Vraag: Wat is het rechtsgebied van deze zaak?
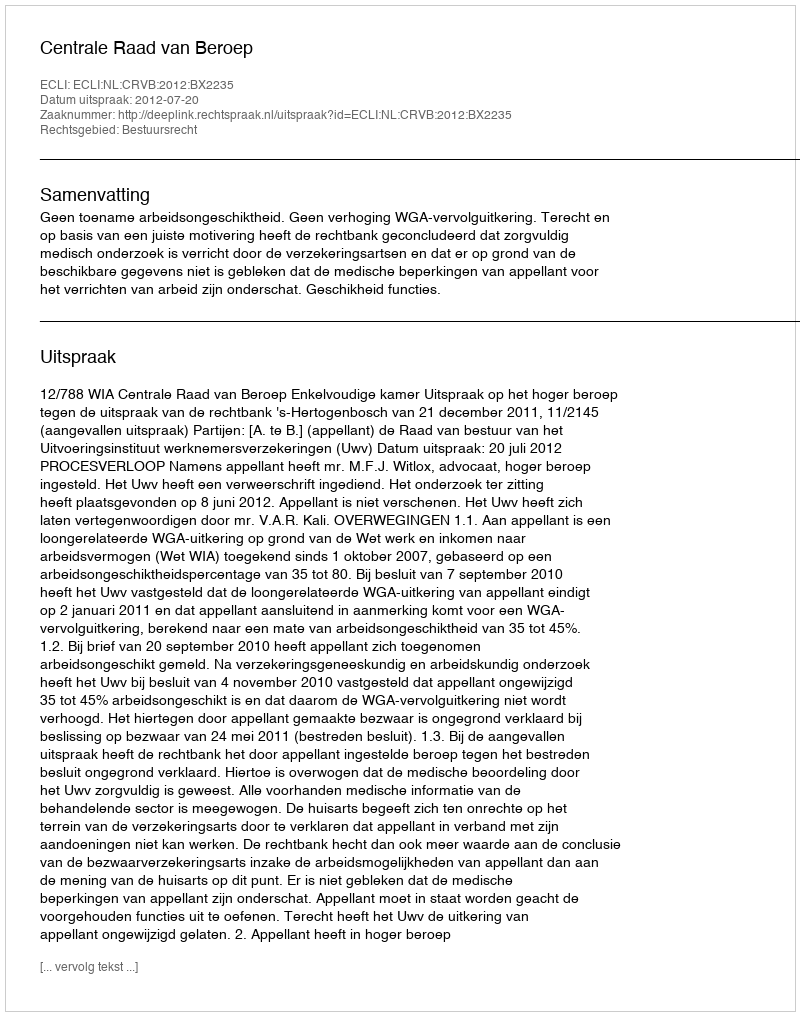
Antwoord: Bestuursrecht